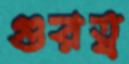
গুরত্ব